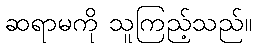
ဆရာမကို သူကြည့်သည်။